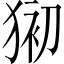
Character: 𱮆